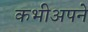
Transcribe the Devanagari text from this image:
कभीअपने